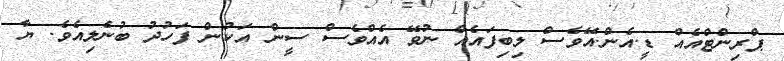
ޕްރިންޓްއެއް ޑީ.އެން.އޭވެސް ލިބިފައެއް ނުވޭ އެއްވެސް ސީން އަކުން ފަހުދު ބުނެލިއެވެ. ޔާ